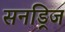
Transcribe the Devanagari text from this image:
सनड्रिज